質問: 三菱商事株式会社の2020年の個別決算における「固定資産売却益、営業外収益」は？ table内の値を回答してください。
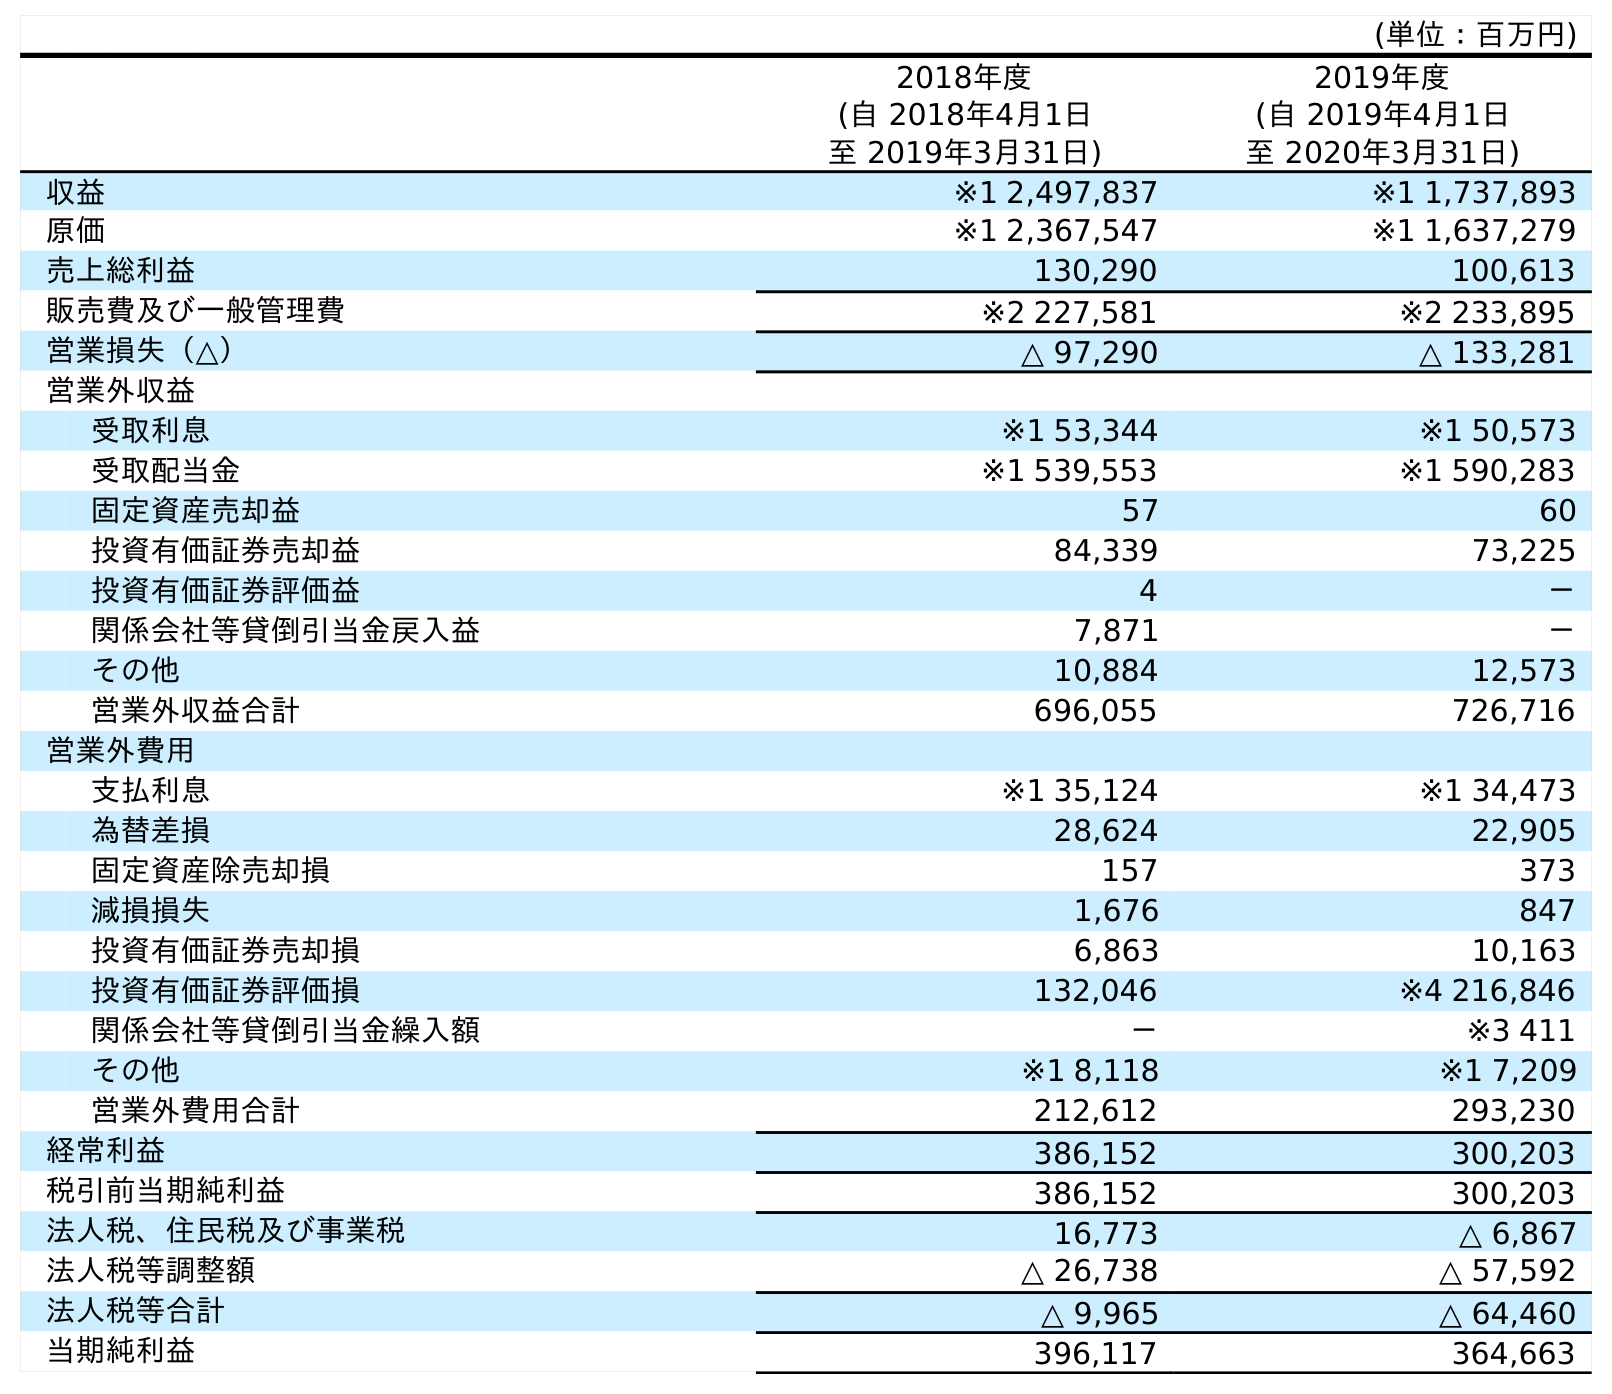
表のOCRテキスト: (単位：百万円) 2018年度 (自 2018年4月1日 至 2019年3月31日) 2019年度 (自 2019年4月1日 至 2020年3月31日) 収益 ※1 2,497,837 ※1 1,737,893 原価 ※1 2,367,547 ※1 1,637,279 売上総利益 130,290 100,613 販売費及び一般管理費 ※2 227,581 ※2 233,895 営業損失（△） △ 97,290 △ 133,281 営業外収益 受取利息 ※1 53,344 ※1 50,573 受取配当金 ※1 539,553 ※1 590,283 固定資産売却益 57 60 投資有価証券売却益 84,339 73,225 投資有価証券評価益 4 － 関係会社等貸倒引当金戻入益 7,871 － その他 10,884 12,573 営業外収益合計 696,055 726,716 営業外費用 支払利息 ※1 35,124 ※1 34,473 為替差損 28,624 22,905 固定資産除売却損 157 373 減損損失 1,676 847 投資有価証券売却損 6,863 10,163 投資有価証券評価損 132,046 ※4 216,846 関係会社等貸倒引当金繰入額 － ※3 411 その他 ※1 8,118 ※1 7,209 営業外費用合計 212,612 293,230 経常利益 386,152 300,203 税引前当期純利益 386,152 300,203 法人税、住民税及び事業税 16,773 △ 6,867 法人税等調整額 △ 26,738 △ 57,592 法人税等合計 △ 9,965 △ 64,460 当期純利益 396,117 364,663
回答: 60